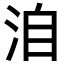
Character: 洎